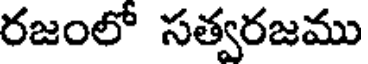
రజంలో సత్వరజము